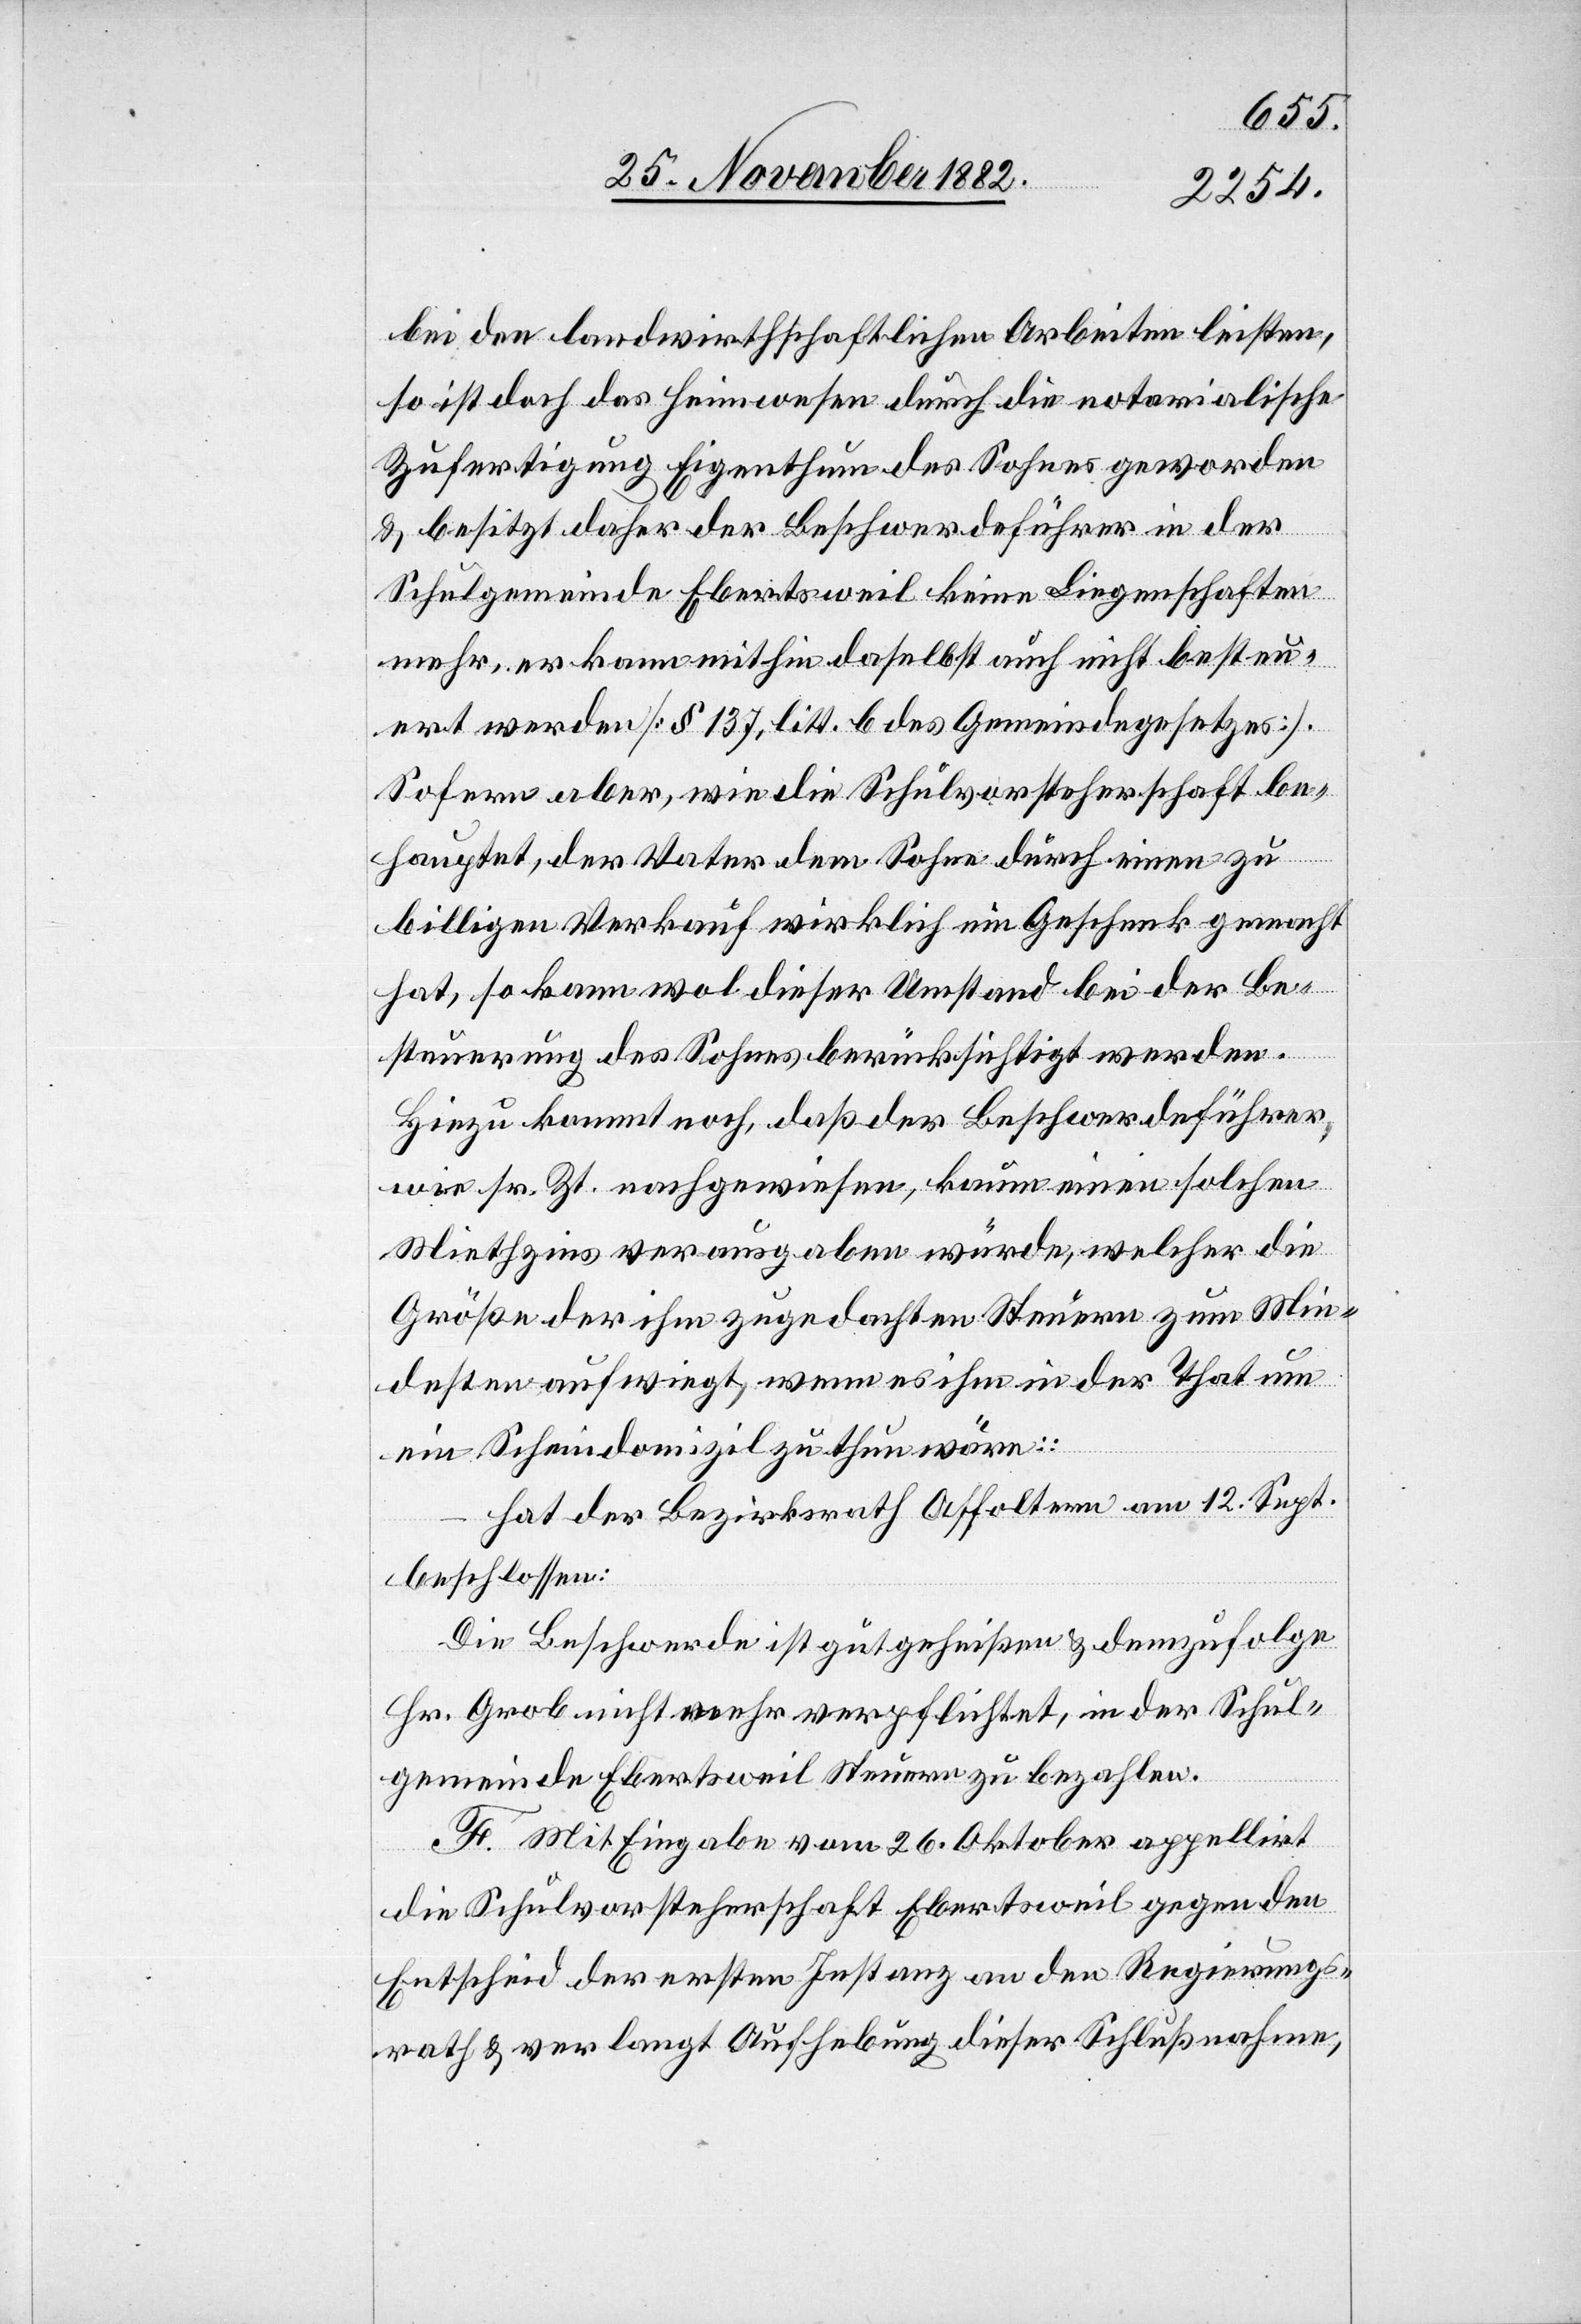
bei den landwirthschaftlichen Arbeiten leisten,
so ist doch das Heimwesen durch die notarialische
Zufertigung Eigenthum des Sohnes geworden
en:
& besitzt daher der Beschwerdeführer in der
Schulgemeinde Ebertsweil keine Liegenschaften
mehr, er kann mithin daselbst auch nicht besteu¬
ert werden [§ 137, litt. b des Gemeindegesetzes].
Sofern aber, wie die Schulvorsteherschaft be¬
hauptet, der Vater dem Sohne durch einen zu
billigen Verkauf wirklich ein Geschenk gemacht
hat, so kann wol dieser Umstand bei der Be¬
steuerung des Sohnes berücksichtigt werden.
Hinzu kommt noch, daß der Beschwerdeführer,
wie sr. Zt. nachgewiesen, kaum einen solchen
Miethzins verausgaben würde, welcher die
Größe der ihm zugedachten Steuern zum Min¬
desten aufwiegt, wenn es ihm in der That um
ein Scheindomizil zu thun wäre::
hat der Bezirksrath Affoltern beschloss¬
Die Beschwerde ist gutgeheißen & demzufolge
Hr. Grob nicht mehr verpflichtet, in der Schul¬
gemeinde Ebertsweil Steuern zu bezahlen.
F. Mit Eingabe vom 26. Oktober appellirt
die Schulvorsteherschaft Ebertsweil gegen den
Entscheid der ersten Instanz an den Regierungs¬
rath & verlangt Aufhebung dieser Schlußnahme,